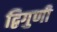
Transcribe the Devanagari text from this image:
द्विगुणी